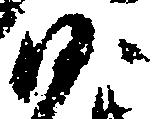
沙